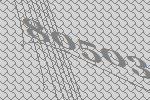
80503